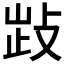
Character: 𢽗